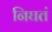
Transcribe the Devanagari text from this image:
निघतं